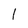
Character: I